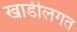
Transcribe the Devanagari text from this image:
खाडीलगत